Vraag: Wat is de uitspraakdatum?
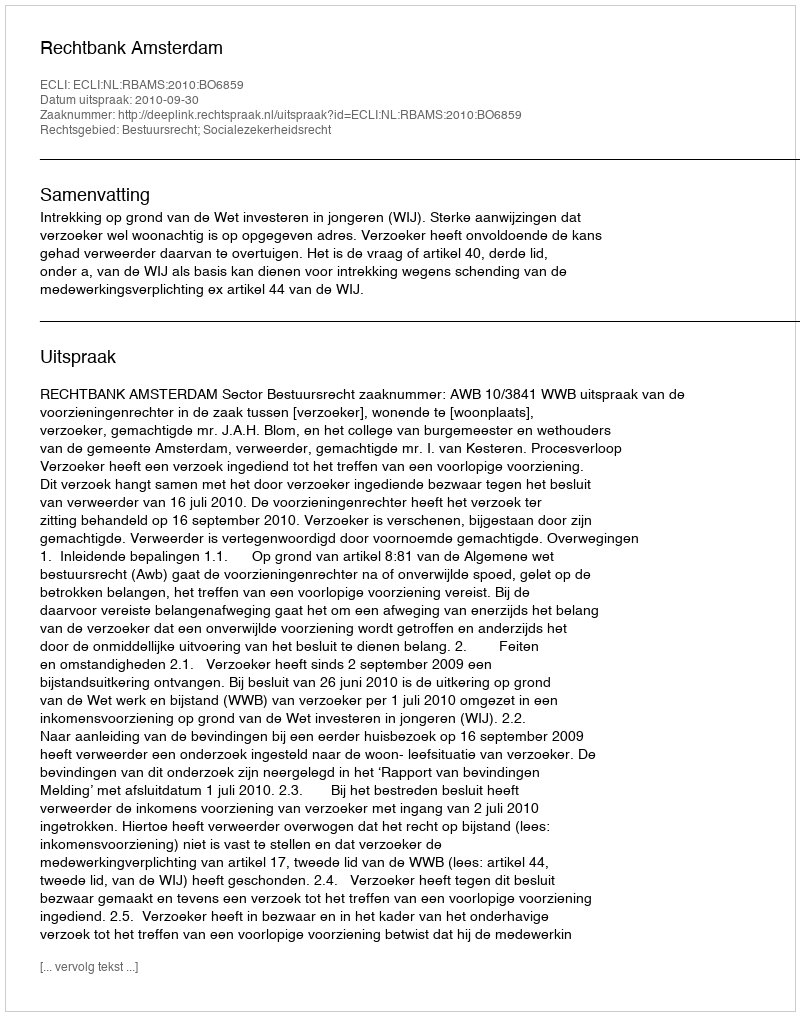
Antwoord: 2010-09-30